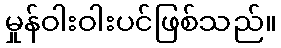
မှုန်ဝါးဝါးပင်ဖြစ်သည်။